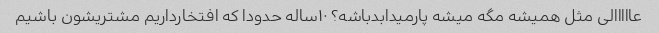
عااااالی مثل همیشه مگه میشه پارمیدابدباشه؟ ۱۰ساله حدودا که افتخارداریم مشتریشون باشیم